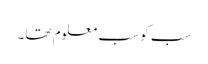
سب کو سب معلوم تھا۔